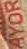
AYOR